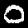
Digit: 0